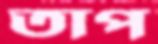
তাপ